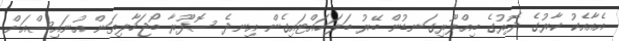
އެއާއެކު ކާރުގެ ދޮރުގެ ބިއްލޫރިގަނޑުން ބޭރު ބަލަހައްޓައިގެން އިނދެ ސޮފޫރާ ބޯޖަހާލިތަން އުނައިސްއަށް